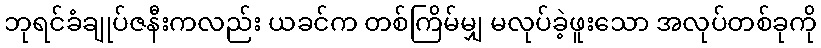
ဘုရင်ခံချုပ်ဇနီးကလည်း ယခင်က တစ်ကြိမ်မျှ မလုပ်ခဲ့ဖူးသော အလုပ်တစ်ခုကို